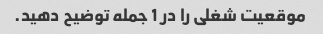
موقعیت شغلی را در 1 جمله توضیح دهید.